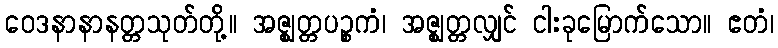
ဝေဒနာနာနတ္တသုတ်တို့။ အဇ္ဈတ္တပဉ္စကံ၊ အဇ္ဈတ္တလျှင် ငါးခုမြောက်သော။ ဧတံ၊